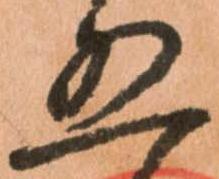
五